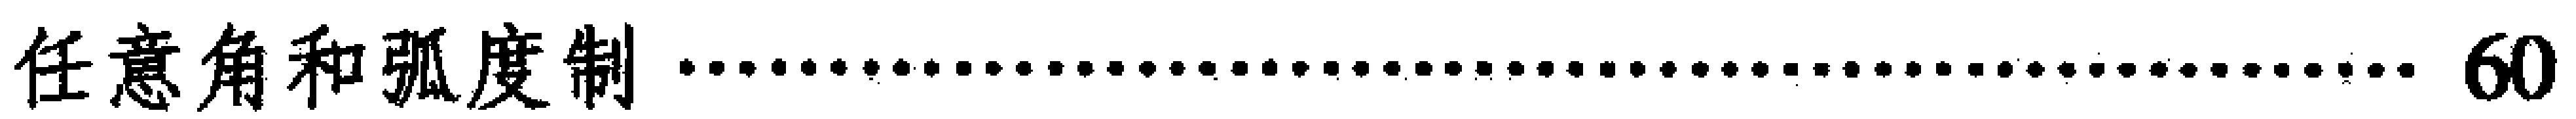
任意角和弧度制\cdots\cdots60